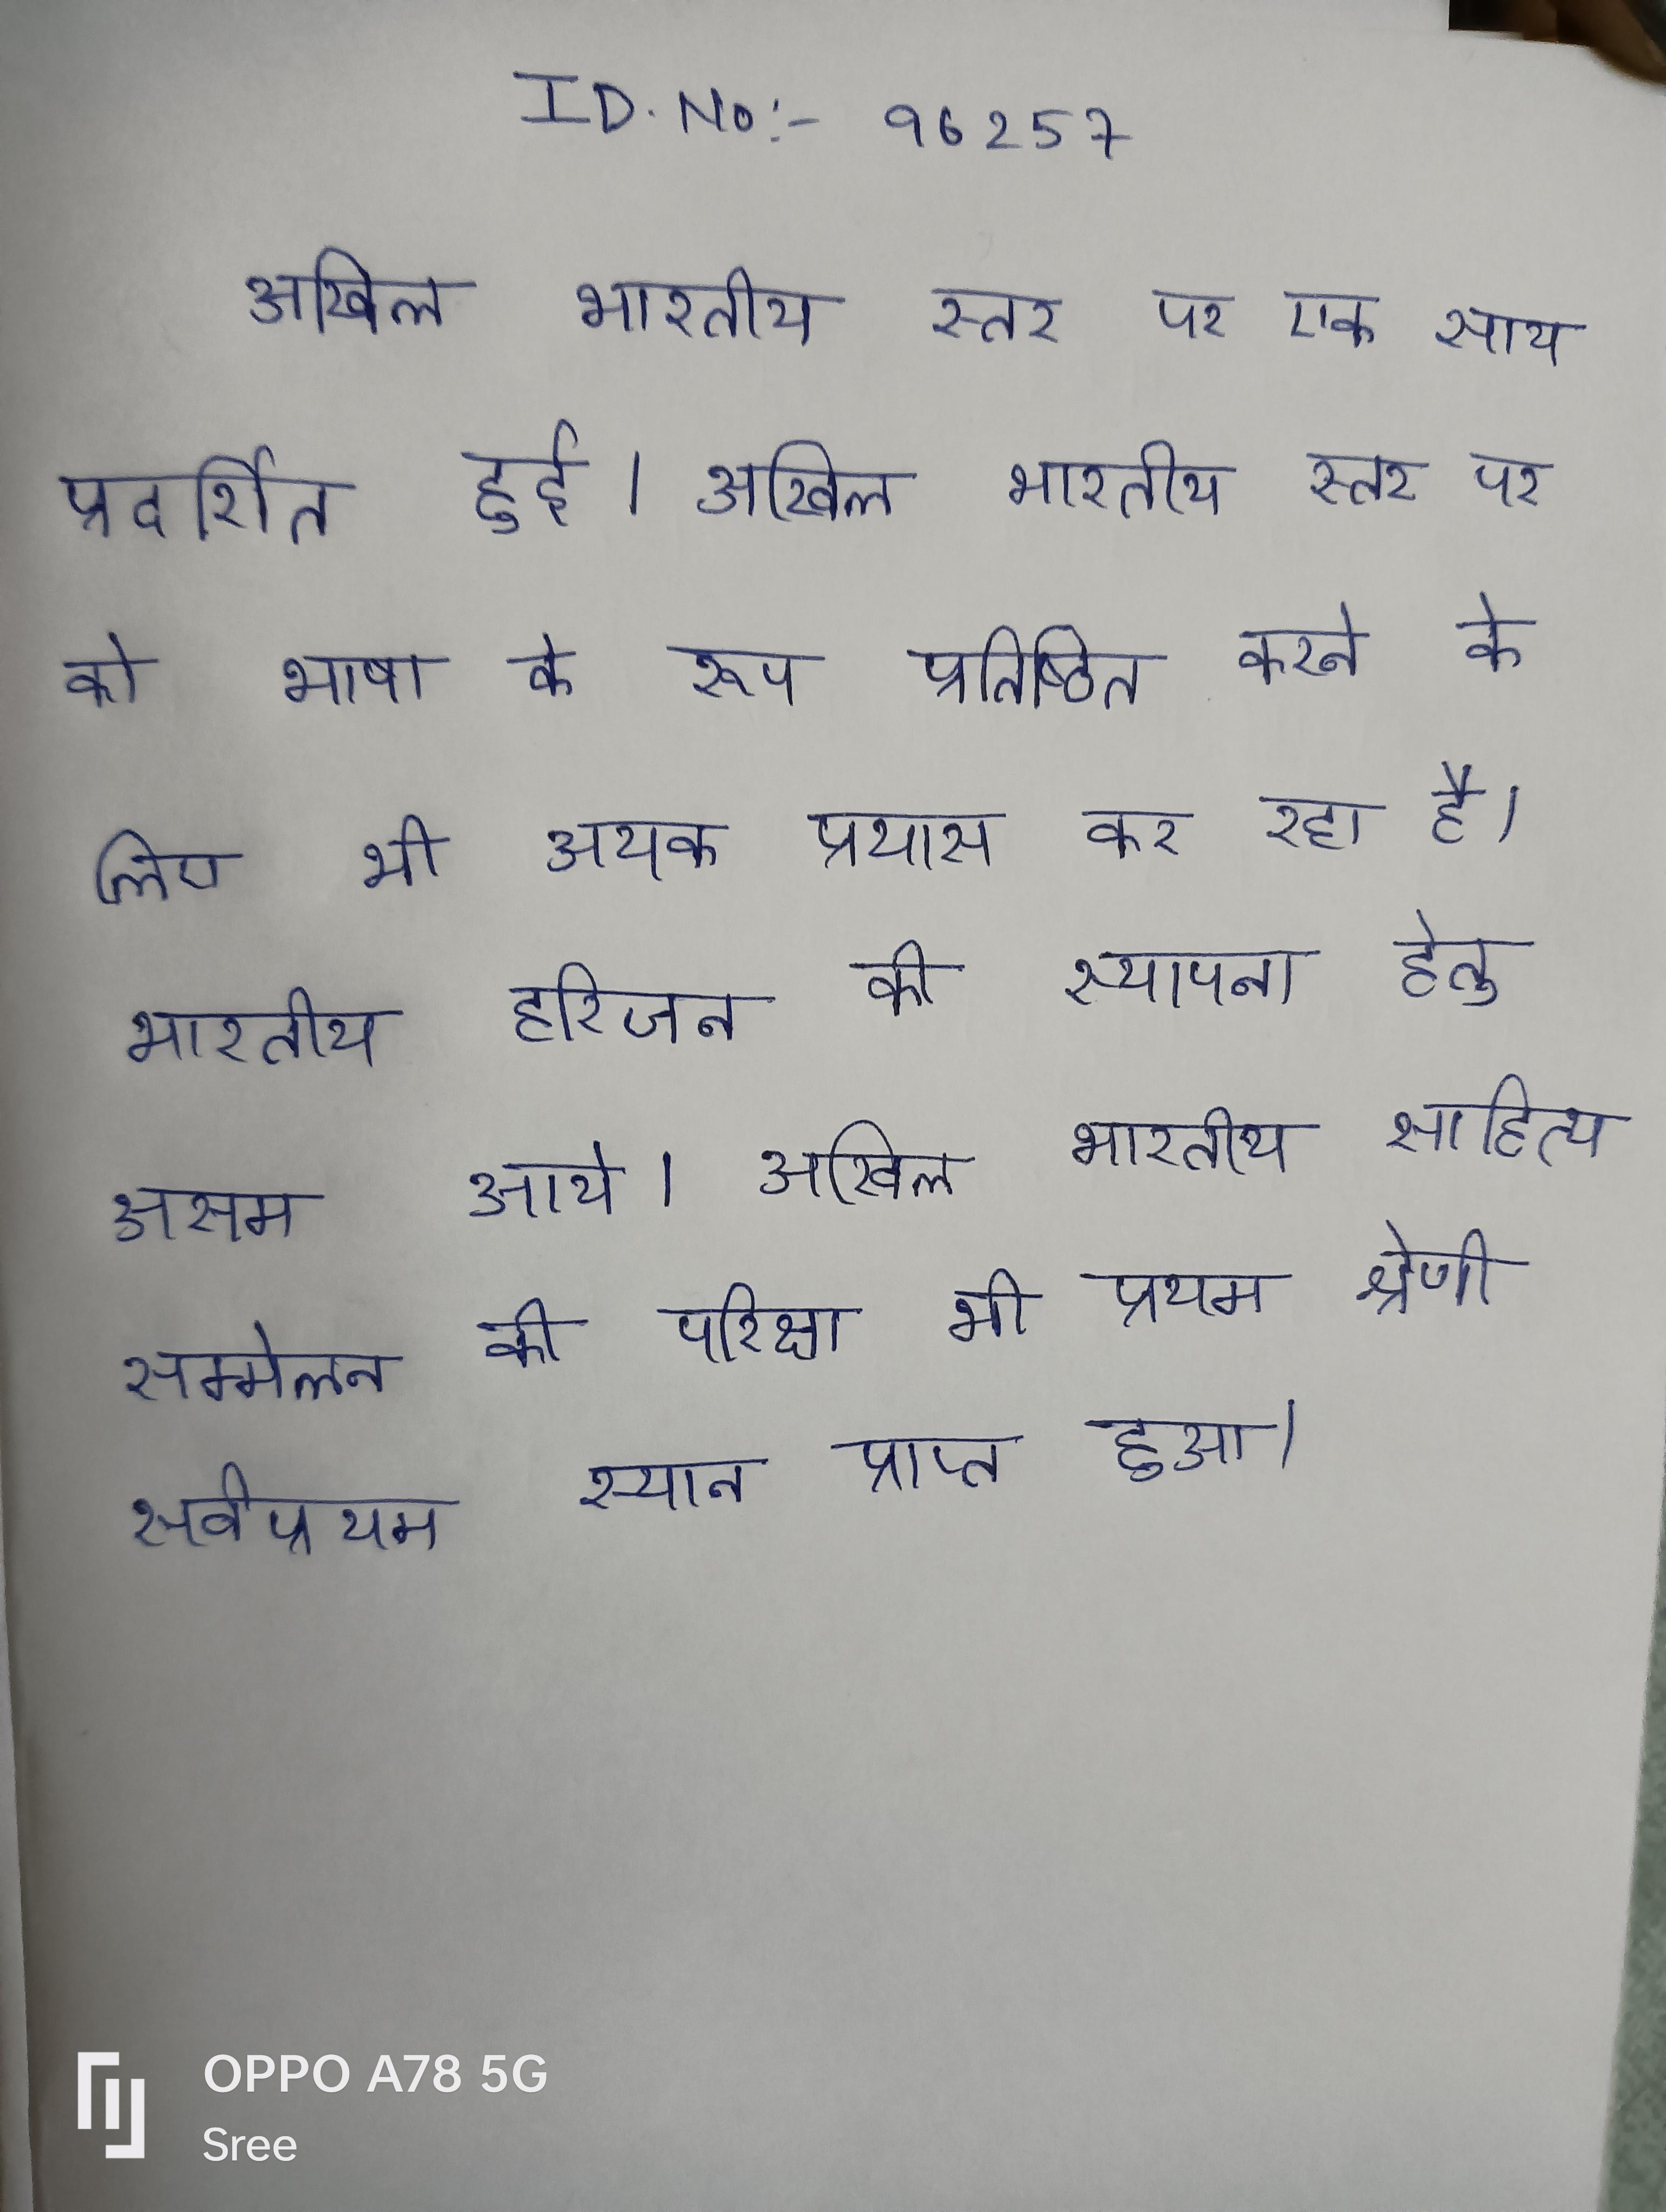
अखिल भारतीय स्तर पर एक साथ प्रदर्शित हुई । अखिल भारतीय स्तर पर को भाषा के रूप प्रतिष्ठित करने के लिए भी अथक प्रयास कर रहा है । भारतीय हरिजन की स्थापना हेतु असम आये । अखिल भारतीय साहित्य सम्मेलन की परीक्षा भी प्रथम श्रेणी सर्वप्रथम स्थान प्राप्त हुआ ।